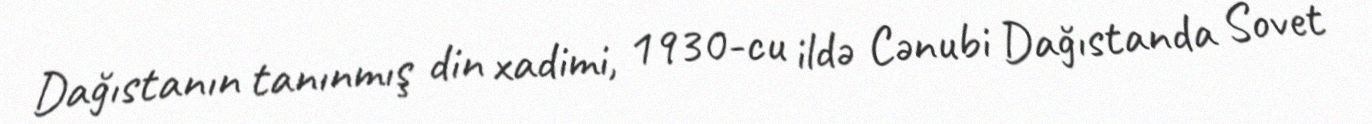
Dağıstanın tanınmış din xadimi, 1930-cu ildə Cənubi Dağıstanda Sovet